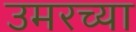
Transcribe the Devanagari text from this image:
उमरच्या